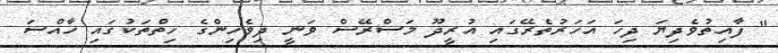
" ފާއިތުވެދިޔަ ދިހަ އަހަރުތެރޭގައި އުރީދޫ މަސްރޭސް ވަނީ ދިވެހިންގެ ހިތްތަކުގައި ހާއްސަ